King Institute of Preventive Medicine Micro-Biological Section reports 1912-19
Year: 1912
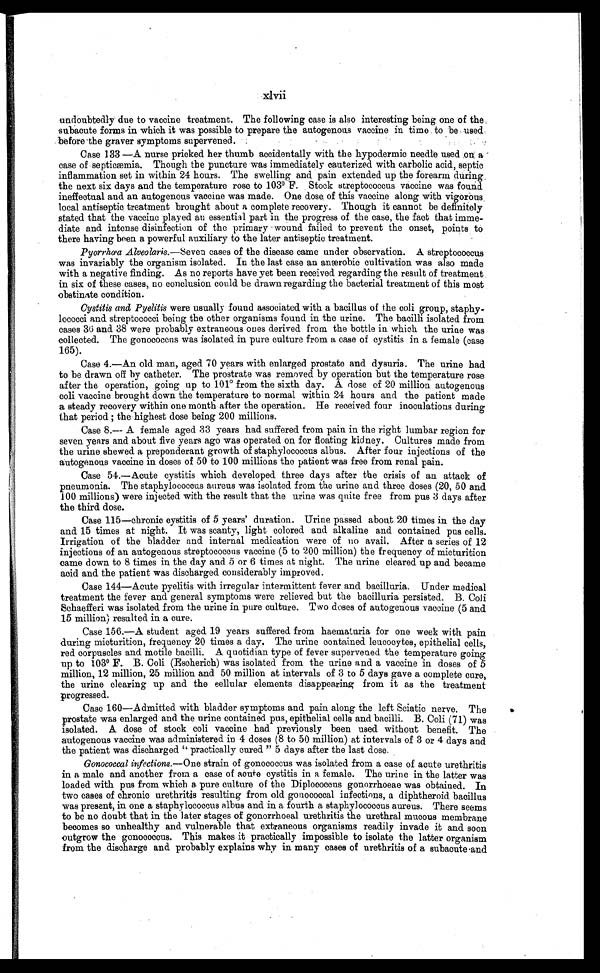
xlvii
undoubtedly due to vaccine treatment. The following case is also interesting being one of the
subacute forms in which it was possible to prepare the autogenous vaccine in time to be used
before the graver symptoms supervened.
Case 133 —A nurse pricked her thumb accidentally with the hypodermic needle used on. a
case of septicæmia. Though the puncture was immediately cauterized with carbolic acid, septic
inflammation set in within 24 hours. The swelling and pain extended up the forearm during
the next six days and the temperature rose to 103° F. Stock streptococcus vaccine was found
ineffectual and an autogenous vaccine was made. One dose of this vaccine along with vigorous.
local antiseptic treatment brought about a complete recovery. Though it cannot be definitely
stated that the vaccine played an essential part in the progress of the case, the fact that imme--
diate and intense disinfection of the primary - wound failed to prevent the onset, points to
there having been a powerful auxiliary to the later antiseptic treatment.
Pyorrhœa Alveolaris.— Seven cases of the disease came under observation. A streptococcus
was invariably the organism isolated. In the last case an anærobic cultivation was also made
with a negative finding. As no reports have yet been received regarding the result of treatment
in six of these cases, no conclusion could be drawn regarding the bacterial treatment of this most
obstinate condition.
Cystitis and Pyelitis were usually found associated with a bacillus of the coli group, staphy-
-lococci and streptococci being the other organisms found in the urine. The bacilli isolated from
cases 36 and 38 were probably extraneous ones derived from the bottle in which the urine was
collected. The gonococcns was isolated in pure culture from a case of cystitis in a female (case
165).
Case 4.—An old man, aged 70 years with enlarged prostate and dysuria. The urine had
to be drawn off by catheter. The prostrate was removed by operation but the temperature rose
after the operation, going up to 101° from the sixth day. A dose of 20 million autogenous
coli vaccine brought down the temperature to normal within 24 hours and the patient made
a steady recovery within one month after the operation. He received four inoculations during
that period ; the highest dose being 200 millions.
Case 8.— A female aged 33 years had suffered from pain in the right lumbar region for
seven years and about five years ago was operated on for floating kidney. Cultures made from
the urine shewed a preponderant growth of staphylococcus albus. After four injections of the
autogenous vaccine in doses of 50 to 100 millions the patient was free from renal pain.
Case 54.—Acute cystitis which developed three days after the crisis of an attack of
pneumonia. The staphylococcus aureus was isolated from the urine and three doses (20, 50 and
100 millions) were injected with the result that the urine was quite free from pus 3 days after
the third dose.
Case 115—chronic cystitis of 5 years' duration. Urine passed about 20 times in the day
and 15 times at night. It was scanty, light colored and alkaline and contained pus cells.
Irrigation of the bladder and internal medication were of no avail. After a series of 12
injections of an autogenous streptococcus vaccine (5 to 200 million) the frequency of micturition
came down to 8 times in the day and 5 or 6 times at night. The urine cleared up and became
acid and the patient was discharged considerably improved.
Case 144—Acute pyelitis with irregular intermittent fever and bacilluria. Under medical
treatment the fever and general symptoms were relieved but the bacilluria persisted. B. Coli
Schaefferi was isolated from the urine in pure culture. Two doses of autogenous vaccine (5 and
15 million) resulted in a cure.
Case 156.—A student aged 19 years suffered from haematuria for one week with pain
during micturition, frequency 20 times a day. The urine contained leucocytes, epithelial cells,
red corpuscles and motile bacilli. A quotidian type of fever supervened the temperature going
up to 103° F. B. Coli (Esoherich) was isolated from the urine and a vaccine in doses of 5
million, 12 million, 25 million and 50 million at intervals of 3 to 5 days gave a complete cure,
the urine clearing up and the cellular elements disappearing from it as the treatment
progressed.
Case 160—Admitted with bladder symptoms and pain along the left Sciatic nerve. The
prostate was enlarged and the urine contained pus, epithelial cells and bacilli. B. Coli (71) was
isolated. A. dose of stock coli vaccine had previously been used without benefit. The
autogenous vaccine was administered in 4 doses (8 to 50 million) at intervals of 3 or 4 days and
the patient was discharged " practically cured " 5 days after the last dose.
Gonococcal infections.—One strain of gonococcus was isolated from a case of acute urethritis
in a male and another from a case of acute cystitis in a female. The urine in the latter was
loaded with pus from which a pure culture of the Diplococcus gonorrhoeae was obtained. In
two cases of chronic urethritis resulting from old gonococcal infections, a diphtheroid bacillus
was present, in one a staphylococcus albus and in a fourth a staphylococcus aureus. There seems
to be no doubt that in the later stages of gonorrhoeal urethritis the urethral mucous membrane
becomes so unhealthy and vulnerable that extraneous organisms readily invade it and soon
outgrow the gonococcus. This makes it practically impossible to isolate the latter organism
from the discharge and probably explains why in many cases of urethritis of a subacute and